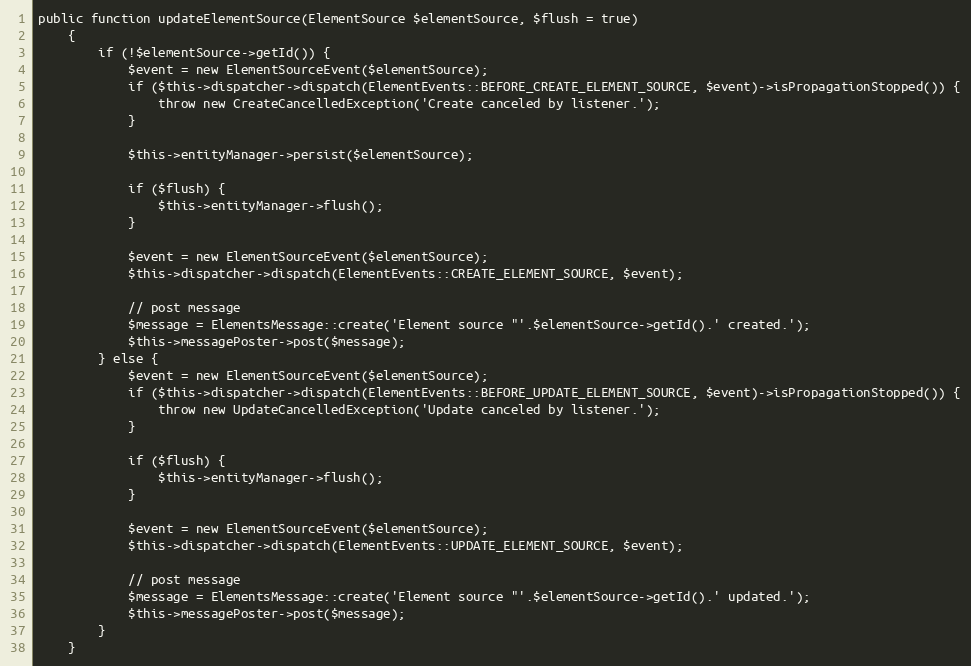
Language: PHP
public function updateElementSource(ElementSource $elementSource, $flush = true)
    {
        if (!$elementSource->getId()) {
            $event = new ElementSourceEvent($elementSource);
            if ($this->dispatcher->dispatch(ElementEvents::BEFORE_CREATE_ELEMENT_SOURCE, $event)->isPropagationStopped()) {
                throw new CreateCancelledException('Create canceled by listener.');
            }

            $this->entityManager->persist($elementSource);

            if ($flush) {
                $this->entityManager->flush();
            }

            $event = new ElementSourceEvent($elementSource);
            $this->dispatcher->dispatch(ElementEvents::CREATE_ELEMENT_SOURCE, $event);

            // post message
            $message = ElementsMessage::create('Element source "'.$elementSource->getId().' created.');
            $this->messagePoster->post($message);
        } else {
            $event = new ElementSourceEvent($elementSource);
            if ($this->dispatcher->dispatch(ElementEvents::BEFORE_UPDATE_ELEMENT_SOURCE, $event)->isPropagationStopped()) {
                throw new UpdateCancelledException('Update canceled by listener.');
            }

            if ($flush) {
                $this->entityManager->flush();
            }

            $event = new ElementSourceEvent($elementSource);
            $this->dispatcher->dispatch(ElementEvents::UPDATE_ELEMENT_SOURCE, $event);

            // post message
            $message = ElementsMessage::create('Element source "'.$elementSource->getId().' updated.');
            $this->messagePoster->post($message);
        }
    }